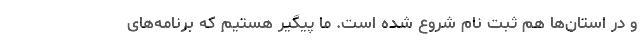
و در استان‌ها هم ثبت نام شروع شده است. ما پیگیر هستیم که برنامه‌های